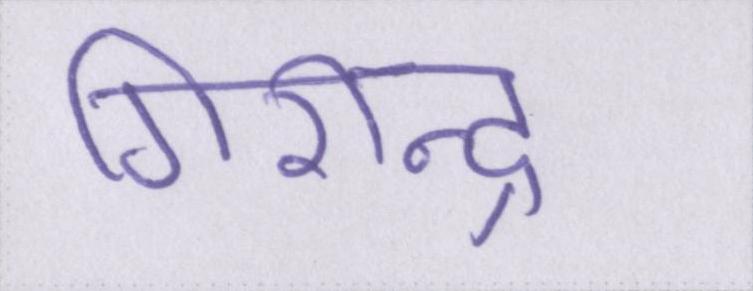
गिरीन्द्र